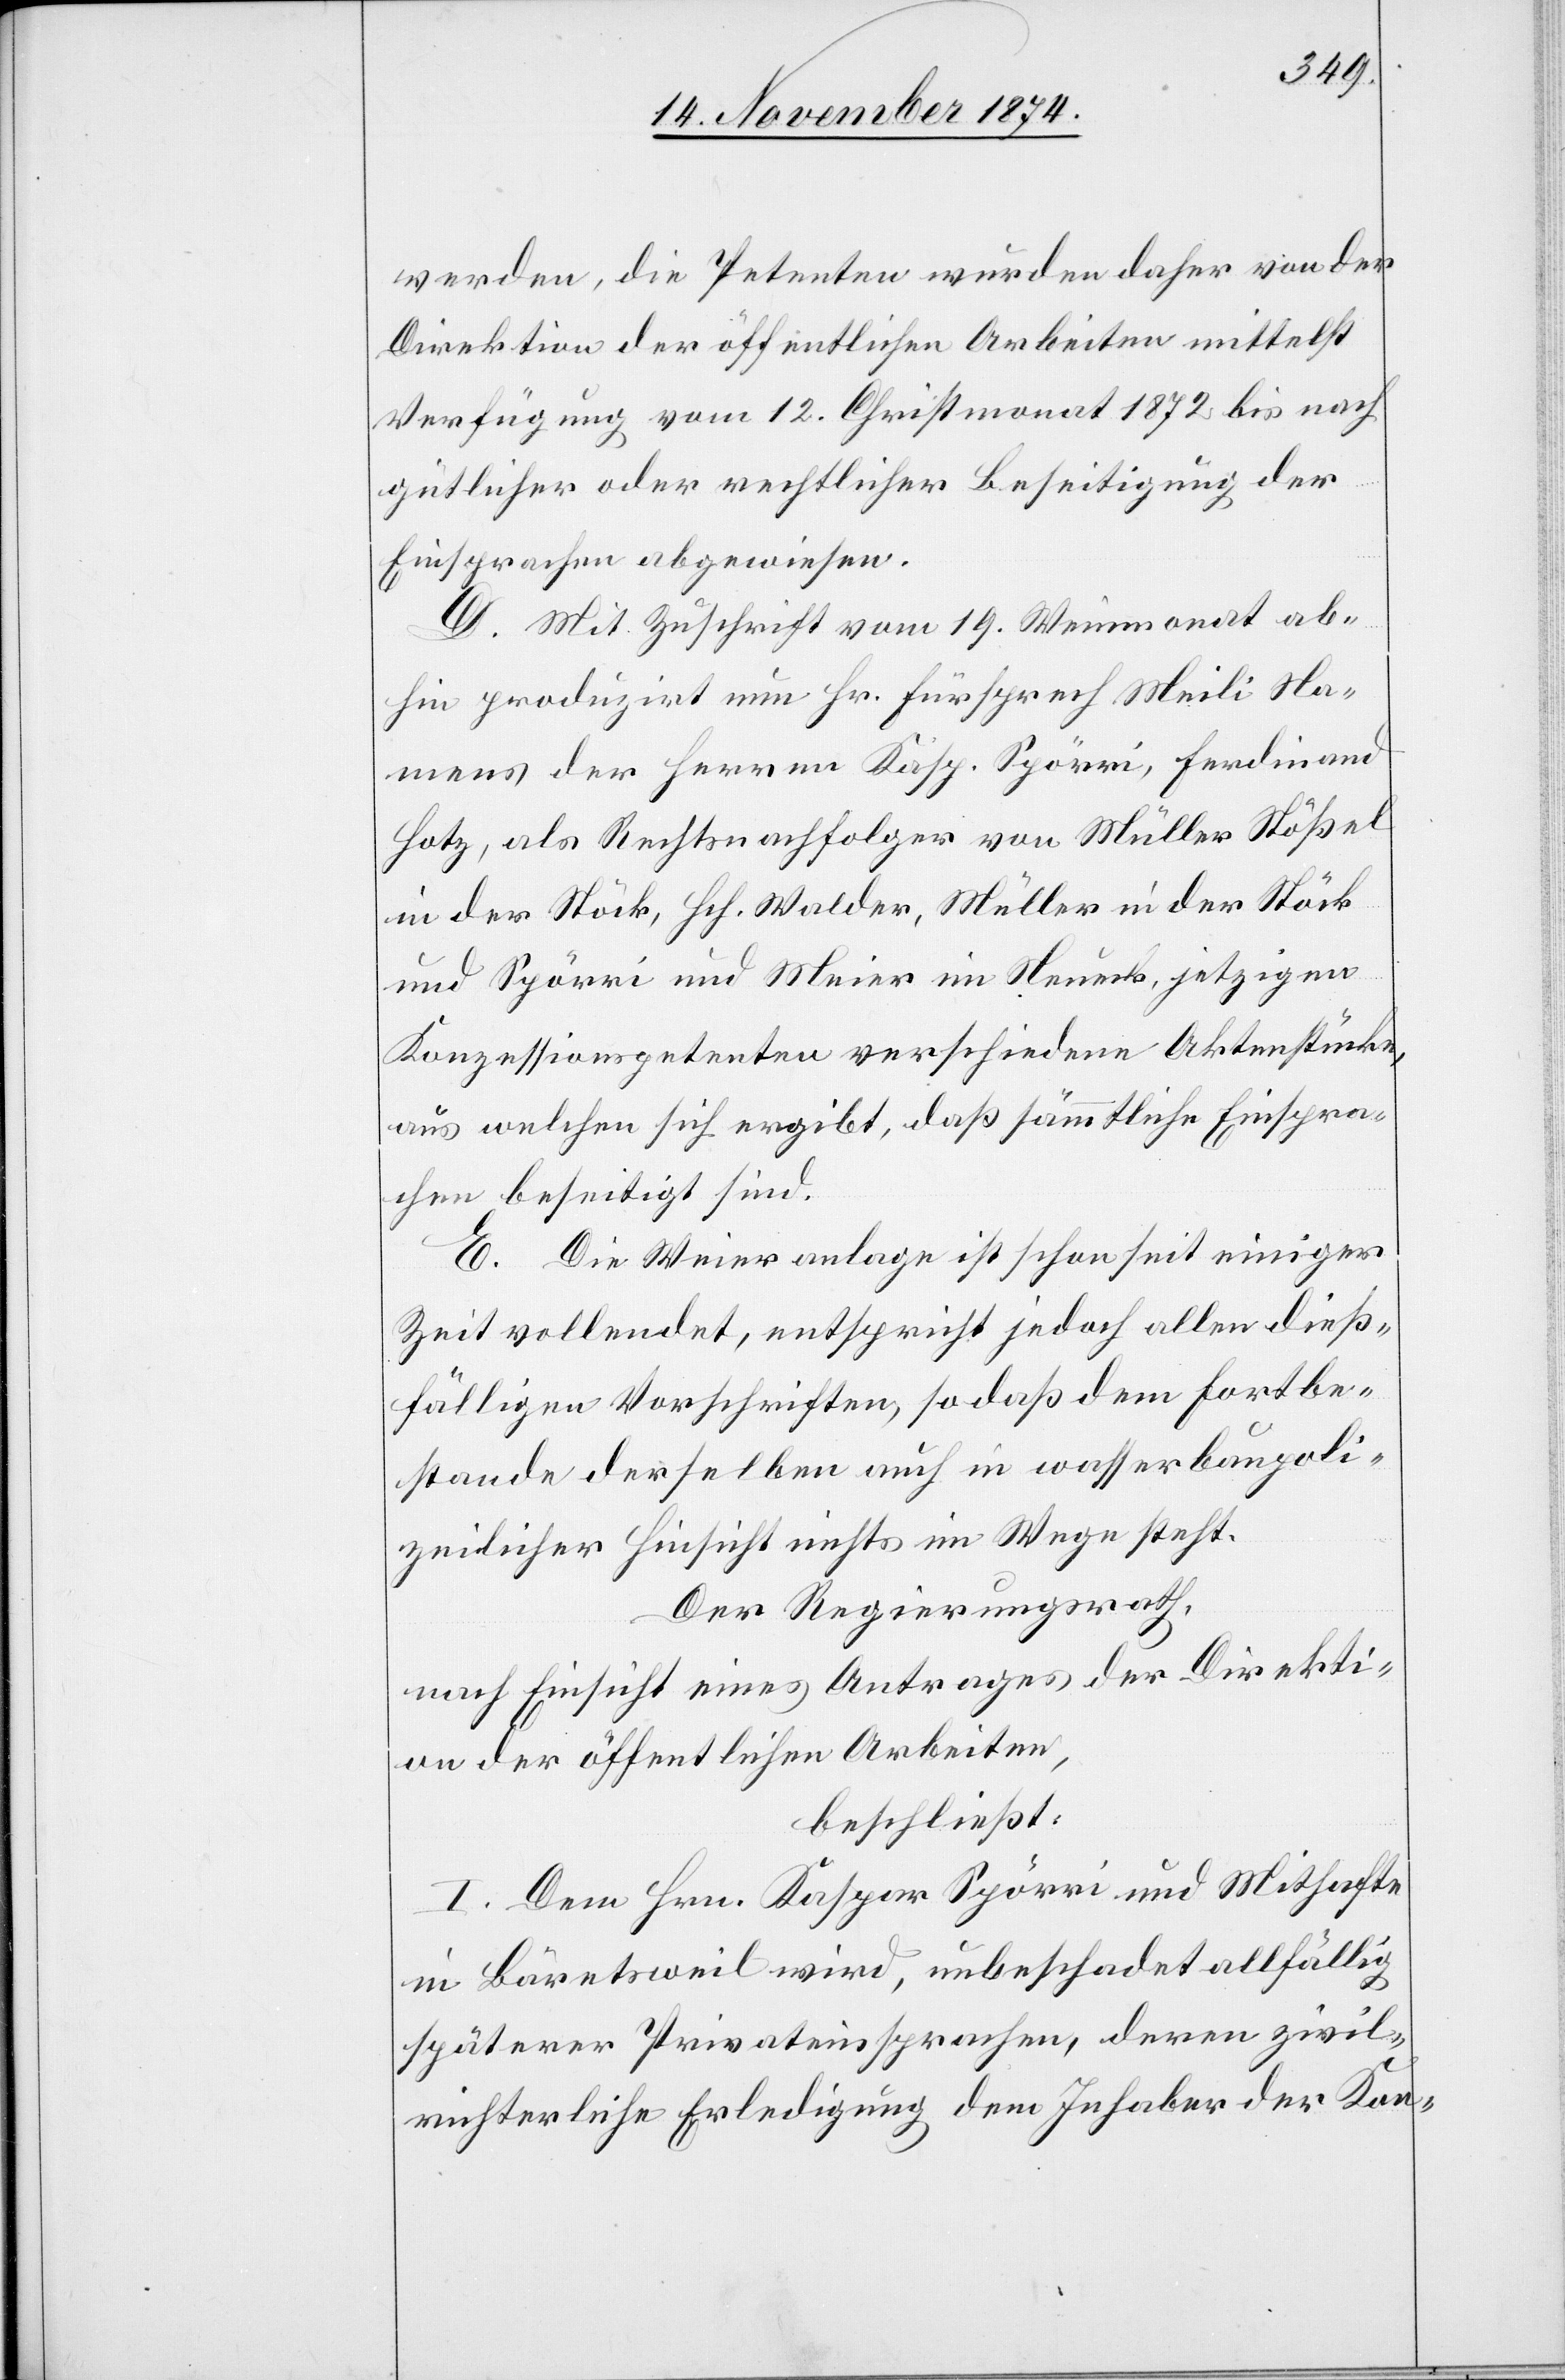
werden, die Petenten wurden daher von der
Direktion der öffentlichen Arbeiten mittelst
Verfügung vom 12. Christmonat 1872 bis nach
gütlicher oder rechtlicher Beseitigung der
Einsprachen abgewiesen.
D. Mit Zuschrift vom 19. Weinmonat ab¬
hin produzirt nun Hr. Fürsprech Meili Na¬
mens der Herren Kasp. Spörri, Ferdinand
Hotz, als Rechtsnachfolger von Müller Stößel
in der Stöck, Hch. Walder, Müller in der Stöck
und Spörri und Meier im Neueck, jetzigen
Konzessionspetenten verschiedene Aktenstücke,
aus welchen sich ergibt, daß sämmtliche Einspra¬
chen beseitigt sind.
E. Die Weieranlage ist schon seit einiger
Zeit vollendet, entspricht jedoch allen dieß¬
fälligen Vorschriften, so daß dem Fortbe¬
stande derselben auch in wasserbaupoli¬
zeilicher Hinsicht nichts im Wege steht.
Der Regierungsrath,
nach Einsicht eines Antrages der Direkti¬
on der öffentlichen Arbeiten,
beschließt:
I. Dem Hrn. Kaspar Spörri und Mithafte
in Bäretsweil wird, unbeschadet allfällig
späterer Privateinsprachen, deren zivil¬
richterliche Erledigung dem Inhaber der Kon-